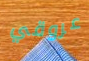
عروقي